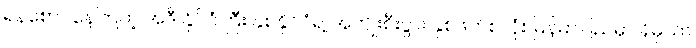
ရန်စောင်နေကြတဲ့ အဲဒီ နိုင်ငံကြီး နှစ်နိုင်ငံရဲ့ အကျိုးစီးပွား နှစ်ဖက်စလုံး မြန်မာပြည်မှာ ရှိမှသာ